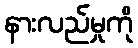
နားလည်မှုကို